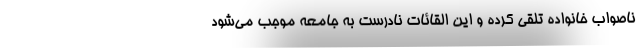
ناصواب خانواده تلقی کرده و این القائات نادرست به جامعه موجب می‌شود